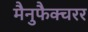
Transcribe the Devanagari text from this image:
मैनुफैक्चरर